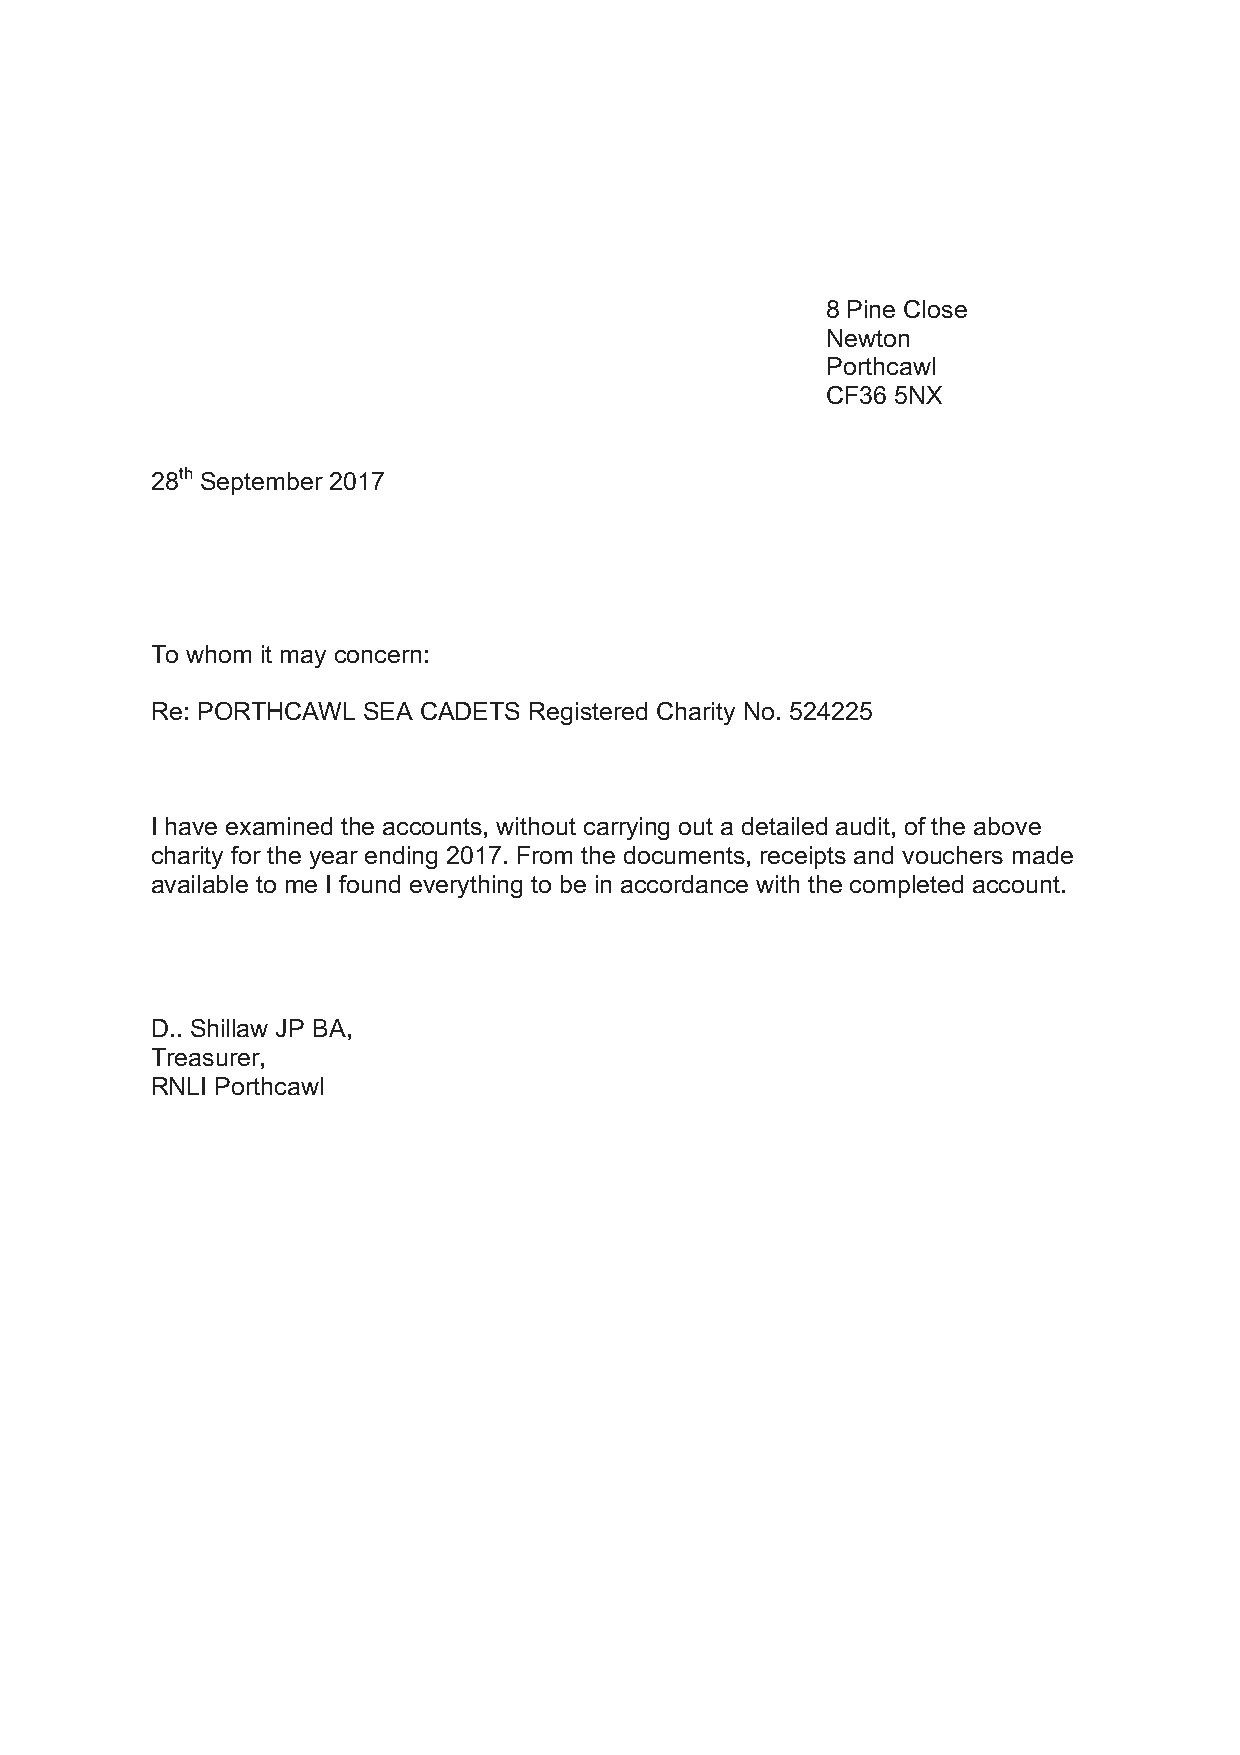
8 Pine Close
 Newton
 Porthcawl
 CF36 5NX
 28th September 2017
 To whom it may concern:
 Re: PORTHCAWL SEA CADETS Registered Charity No. 524225
 I have examined the accounts, without carrying out a detailed audit, of the above
 charity for the year ending 2017. From the documents, receipts and vouchers made
 available to me I found everything to be in accordance with the completed account.
 D.. Shillaw JP BA,
 Treasurer,
 RNLI Porthcawl